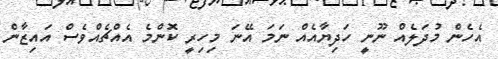
އެހެން މުދަލެއް ނޫނީ ހަދިޔާއެއް ނަމަ އޭނަ މިހިރީ ކޮންމެ އެއްޗެއްވެސް އައިޒާން